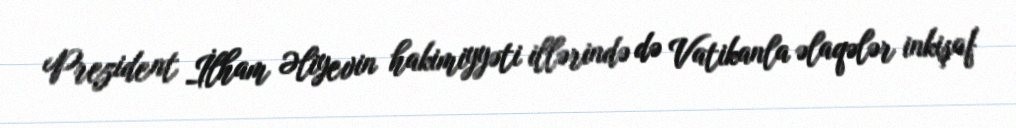
Prezident İlham Əliyevin hakimiyyəti illərində də Vatikanla əlaqələr inkişaf